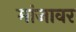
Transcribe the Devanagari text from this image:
मांजावर